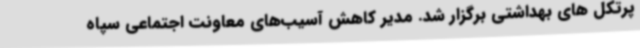
پرتکل های بهداشتی برگزار شد. مدیر کاهش آسیب‌های معاونت اجتماعی سپاه